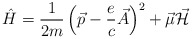
\begin{align*}\hat{H} = {1\over 2m}\left(\vec{p}-{e\over c}\vec{A}\right)^2 + \vec{\mu} \vec{\cal H}\end{align*}